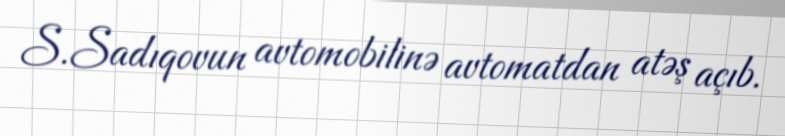
S.Sadıqovun avtomobilinə avtomatdan atəş açıb.